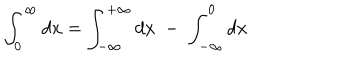
\int _ { 0 } ^ { \infty } d x = \int _ { - \infty } ^ { + \infty } d x \; - \; \int _ { - \infty } ^ { 0 } d x